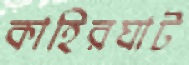
কাহিরঘাট